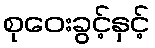
စုဝေးခွင့်နှင့်